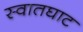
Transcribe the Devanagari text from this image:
स्वातघाट